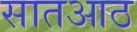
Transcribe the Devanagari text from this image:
सातआठ